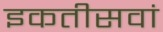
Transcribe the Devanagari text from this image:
इकतीसवां